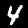
Digit: 4